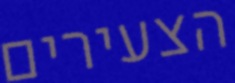
הצעירים